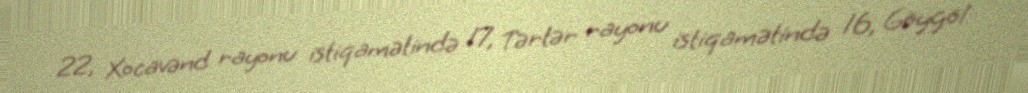
22, Xocavənd rayonu istiqamətində 17, Tərtər rayonu istiqamətində 16, Göygöl